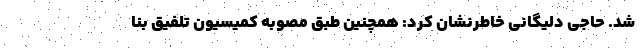
شد. حاجی دلیگانی خاطرنشان کرد: همچنین طبق مصوبه کمیسیون تلفیق بنا